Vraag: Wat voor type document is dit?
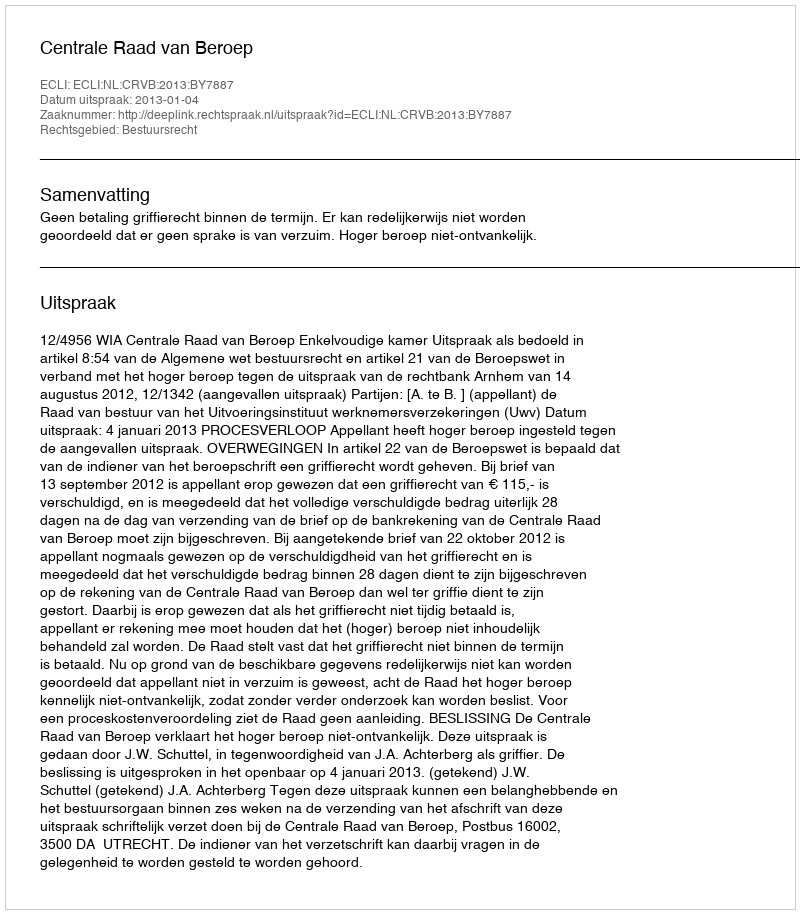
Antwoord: Uitspraak